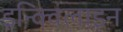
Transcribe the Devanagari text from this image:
इन्क्विलाइन